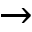
\rightarrow